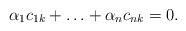
LaTeX: \begin{align*} \alpha_1 c_{1k} + \ldots + \alpha_n c_{nk} = 0.\end{align*}